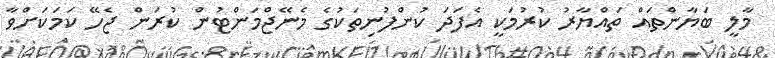
މާލީ ބަޔާންތައް ތައްޔާރު ކުރުމަކީ އެފަދަ ކުންފުނިތަކުގެ މެނޭޖްމަންޓުން ކުރަން ޖެހޭ ކަމަކަށްވާ